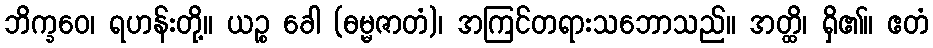
ဘိက္ခဝေ၊ ရဟန်းတို့။ ယဉ္စ ခေါ (ဓမ္မဇာတံ)၊ အကြင်တရားသဘောသည်။ အတ္ထိ၊ ရှိ၏။ ဧတံ